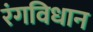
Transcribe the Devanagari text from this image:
रंगविधान